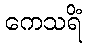
ကေသရိံ